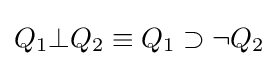
Q_{1}\bot Q_{2}\equiv Q_{1}\supset \neg Q_{2}